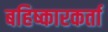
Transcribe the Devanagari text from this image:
बहिष्कारकर्ता